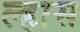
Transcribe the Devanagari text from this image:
ल्हास